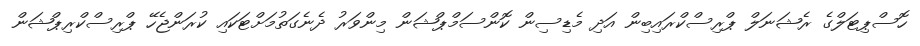
ހޮސްޕިޓަލްގެ ރެޝަނަލް ޕްރިސްކްރައިބިން އަދި މެޑިސިން ކޮންސަމްޕްޝަން މިންވަރު ދެނެގަތުމަށްޓަކައި ކުރަންޖެހޭ ޕްރިސްކްރިޕްޝަން